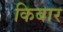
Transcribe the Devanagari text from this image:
किबार